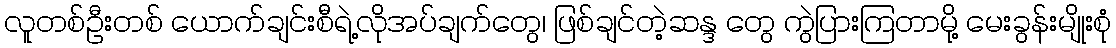
လူတစ်ဦးတစ် ယောက်ချင်းစီရဲ့လိုအပ်ချက်တွေ၊ ဖြစ်ချင်တဲ့ဆန္ဒ တွေ ကွဲပြားကြတာမို့ မေးခွန်းမျိုးစုံ